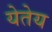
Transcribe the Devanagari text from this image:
येतेय